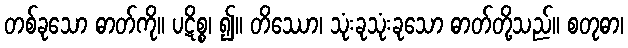
တစ်ခုသော ဓာတ်ကို။ ပဋိစ္စ၊ ၍။ တိဿော၊ သုံးခုသုံးခုသော ဓာတ်တို့သည်။ စတုဓာ၊